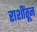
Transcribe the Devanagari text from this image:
राशींतून